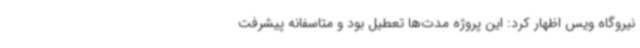
نیروگاه ویس اظهار کرد: این پروژه مدت‌ها تعطیل بود و متاسفانه پیشرفت